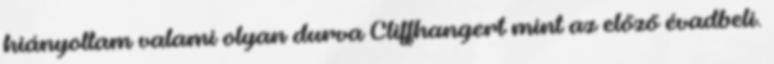
hiányoltam valami olyan durva Cliffhangert mint az előző évadbeli.